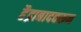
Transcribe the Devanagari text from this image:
हैद्राबादवरून